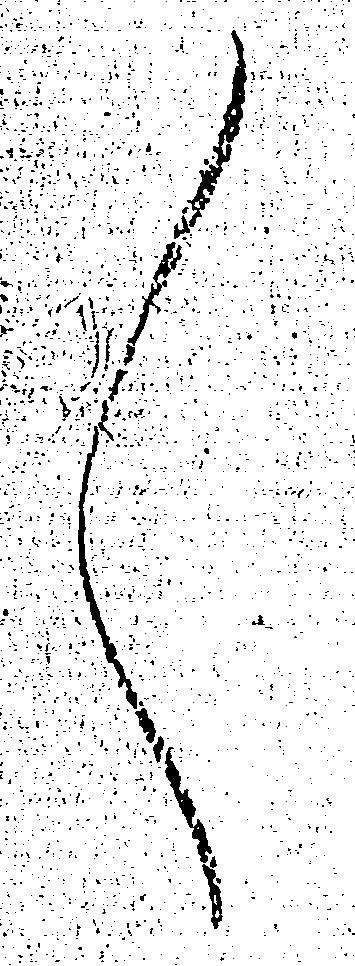
々